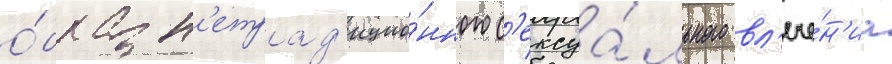
о́браз н'етрад'ицио́нного с'ексуа́льного вл'ече́н'иа